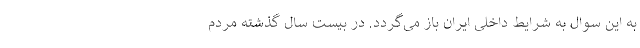
به این سوال به شرایط داخلی ایران باز می‌گردد. در بیست سال گذشته مردم